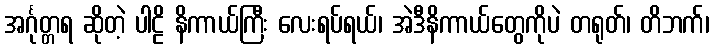
အင်္ဂုတ္တရ ဆိုတဲ့ ပါဠိ နိကာယ်ကြီး လေးရပ်ရယ်၊ အဲဒီနိကာယ်တွေကိုပဲ တရုတ်၊ တိဘက်၊